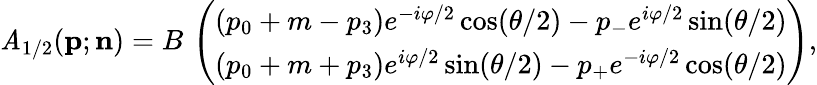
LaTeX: \mathit{A}_{1/2}({\mathbf{p}};{\mathbf{n}})=B\, \left(\begin{array}{ccc}{{(p_{0}+m-p_{3})e^{-i\varphi/2}\cos({\theta}/2)-p_{-}e^{i\varphi/2}\sin({\theta}/2)}}\\ {{(p_{0}+m+p_{3})e^{i\varphi/2}\sin({\theta}/2)-p_{+}e^{-i\varphi/2}\cos({\theta}/2)}}\end{array}\right),